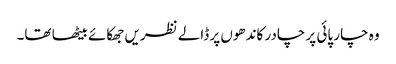
وہ چار پائی پر چادر کاندھوں پر ڈالے نظریں جھکائے بیٹھا تھا۔